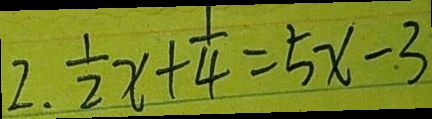
2 . \frac { 1 } { 2 } x + \frac { 1 } { 4 } = 5 x - 3